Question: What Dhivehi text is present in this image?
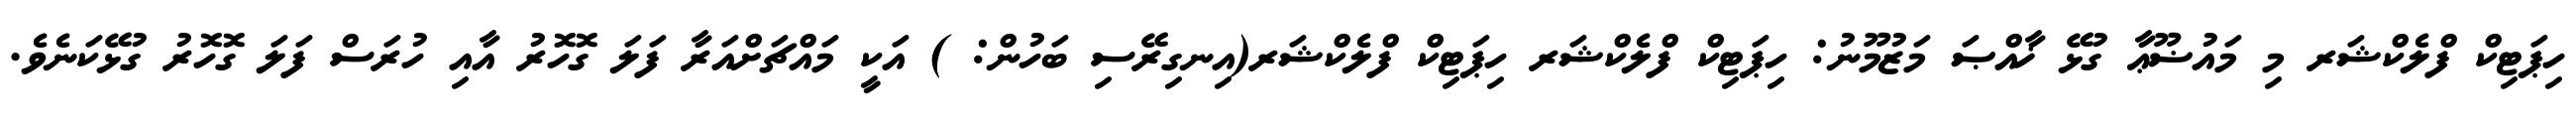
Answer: ހިޕަޓިކް ފްލެކްޝަރ މި މައުޟޫޢާ ގުޅޭ ޚާއްޞަ މަޒުމޫނު: ހިޕަޓިކް ފްލެކްޝަރ ހިޕަޓިކް ފްލެކްޝަރ(އިނގިރޭސި ބަހުން: ) އަކީ މައްޗަށްއަރާ ފަލަ ގޮހޮރު އާއި ހުރަސް ފަލަ ގޮހޮރު ގުޅޭކަނެވެ.